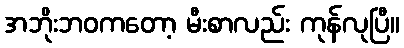
အဘိုးဘဝကတော့ မီးစာလည်း ကုန်လုပြီ။